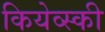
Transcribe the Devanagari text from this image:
कियेव्स्की